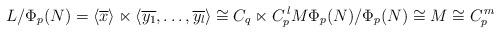
LaTeX: \begin{align*} L/\Phi_p(N) = \langle \overline{x} \rangle \ltimes \langle \overline{y_1}, \ldots, \overline{y_l} \rangle \cong C_q \ltimes C_p^{\, l} M \Phi_p(N)/\Phi_p(N) \cong M \cong C_p^{\, m} \end{align*}